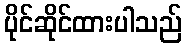
ပိုင်ဆိုင်ထားပါသည်